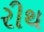
રીથ